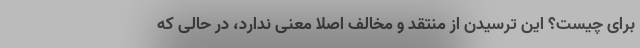
برای چیست؟ این ترسیدن از منتقد و مخالف اصلا معنی ندارد، در حالی که